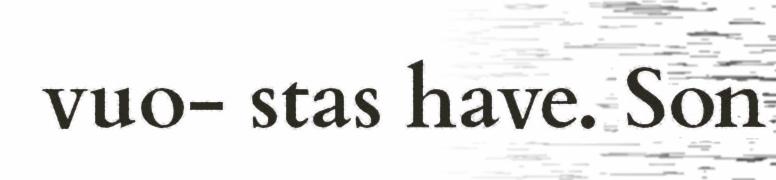
vuo- stas have. Son